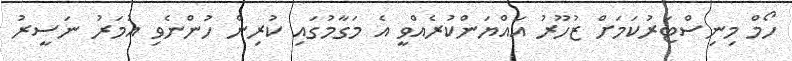
ހޯމް މިނިސްޓަރުކަމަށް ޒުހޫރު އައްޔަންކުރެއްވީ އެ މަގާމުގައި ކުރިން ހުންނެވި އުމަރު ނަސީރު